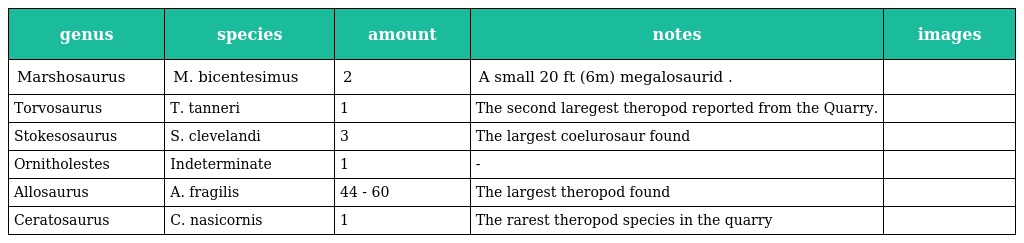
| genus | species | amount | notes | images |
 | --- | --- | --- | --- | --- |
 | Marshosaurus | M. bicentesimus | 2 | A small 20 ft (6m) megalosaurid . |  |
 | Torvosaurus | T. tanneri | 1 | The second laregest theropod reported from the Quarry. |  |
 | Stokesosaurus | S. clevelandi | 3 | The largest coelurosaur found |  |
 | Ornitholestes | Indeterminate | 1 | - |  |
 | Allosaurus | A. fragilis | 44 - 60 | The largest theropod found |  |
 | Ceratosaurus | C. nasicornis | 1 | The rarest theropod species in the quarry |  |